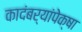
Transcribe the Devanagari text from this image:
कादंबर्‍यांपेक्षा